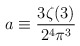
\begin{align*}a \equiv \frac{3 \zeta(3)}{2^4 \pi^3}\end{align*}